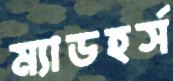
ম্যাডহর্স